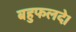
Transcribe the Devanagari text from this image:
बहुफलदे।